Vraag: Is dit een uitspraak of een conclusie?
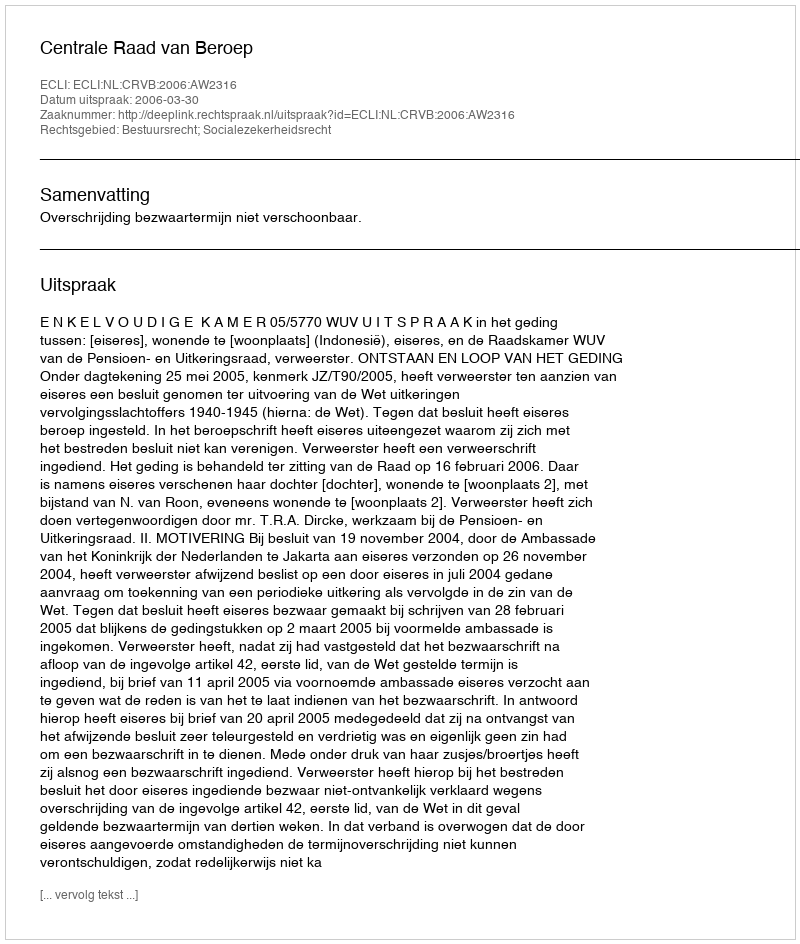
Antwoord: Uitspraak